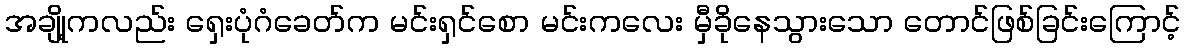
အချို့ကလည်း ရှေးပုံဂံခေတ်က မင်းရှင်စော မင်းကလေး မှီခိုနေသွားသော တောင်ဖြစ်ခြင်းကြောင့်